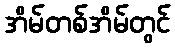
အိမ်တစ်အိမ်တွင်